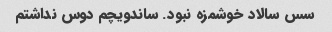
سس سالاد خوشمزه نبود. ساندویچم دوس نداشتم